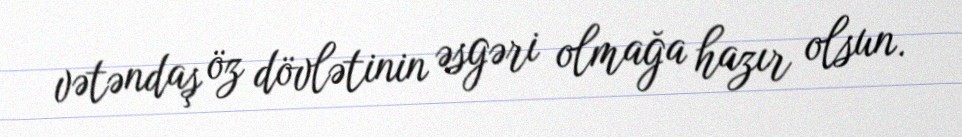
vətəndaş öz dövlətinin əsgəri olmağa hazır olsun.